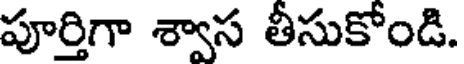
పూర్తిగా శ్వాస తీసుకోండి.